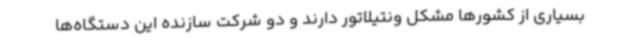
بسیاری از کشورها مشکل ونتیلاتور دارند و دو شرکت سازنده این دستگاه‌ها